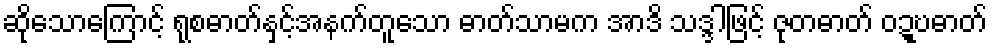
ဆိုသောကြောင့် ရုစဓာတ်နှင့်အနက်တူသော ဓာတ်သာမက အာဒိ သဒ္ဒါဖြင့် ဇုတဓာတ် ဝဍ္ဎဓာတ်